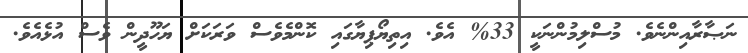
ނަޞާރާއިންނެވެ. މުސްލިމުންނަކީ 33% އެވެ. އިތިޔޯޕިޔާގައި ކޮންމެވެސް ވަރަކަށް ޔަހޫދީން ވެސް އުޅެއެވެ.